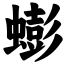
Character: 蟛